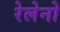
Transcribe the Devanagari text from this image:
रेलेनो